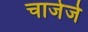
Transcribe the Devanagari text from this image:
चाजेर्ज